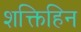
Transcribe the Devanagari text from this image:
शक्तिहिन